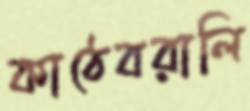
কাঠেবরালি